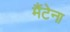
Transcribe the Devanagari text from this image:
मैंटेना